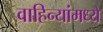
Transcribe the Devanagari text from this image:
वाहिन्यांमध्ये